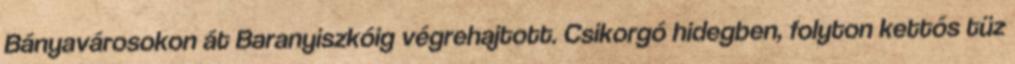
Bányavárosokon át Baranyiszkóig végrehajtott. Csikorgó hidegben, folyton kettős tüz